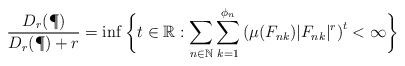
\begin{align*}\frac{D_{r}(\P)}{D_{r}(\P)+r}=\inf\bigg\{ t\in\mathbb{R}:\sum_{n\in\mathbb{N}}\sum_{k=1}^{\phi_{n}}\left(\mu(F_{nk})|F_{nk}|^{r}\right)^{t}<\infty\bigg\}\end{align*}